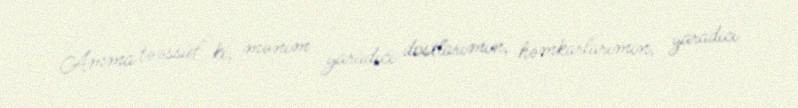
Amma təəssüf ki, mənim yaradıcı dostlarımın, həmkarlarımın, yaradıcı